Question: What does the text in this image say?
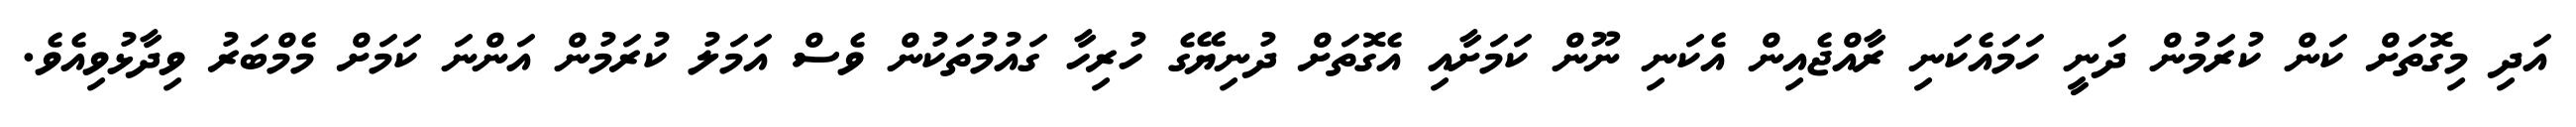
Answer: އަދި މިގޮތަށް ކަން ކުރަމުން ދަނީ ހަމައެކަނި ރާއްޖެއިން އެކަނި ނޫން ކަމަށާއި އެގޮތަށް ދުނިޔޭގެ ހުރިހާ ގައުމުތަކުން ވެސް އަމަލު ކުރަމުން އަންނަ ކަމަށް މެމްބަރު ވިދާޅުވިއެވެ.